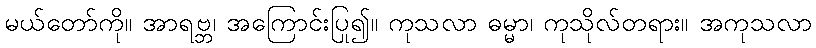
မယ်တော်ကို။ အာရဗ္ဘ၊ အကြောင်းပြု၍။ ကုသလာ ဓမ္မာ၊ ကုသိုလ်တရား။ အကုသလာ